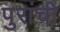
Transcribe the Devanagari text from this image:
पुरांची